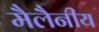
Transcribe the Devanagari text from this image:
मैलैनीय